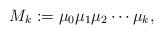
LaTeX: \begin{align*} M_k := \mu_0 \mu_1 \mu_2 \cdots \mu_k, \end{align*}